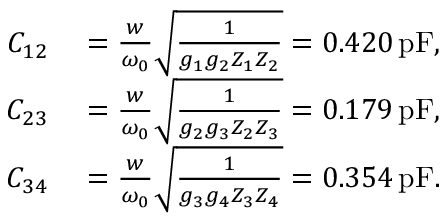
\begin{array} { r l } { C _ { 1 2 } } & { { } = \frac { w } { \omega _ { 0 } } \sqrt { \frac { 1 } { g _ { 1 } g _ { 2 } Z _ { 1 } Z _ { 2 } } } = 0 . 4 2 0 \, \mathrm { p F } , } \\ { C _ { 2 3 } } & { { } = \frac { w } { \omega _ { 0 } } \sqrt { \frac { 1 } { g _ { 2 } g _ { 3 } Z _ { 2 } Z _ { 3 } } } = 0 . 1 7 9 \, \mathrm { p F } , } \\ { C _ { 3 4 } } & { { } = \frac { w } { \omega _ { 0 } } \sqrt { \frac { 1 } { g _ { 3 } g _ { 4 } Z _ { 3 } Z _ { 4 } } } = 0 . 3 5 4 \, \mathrm { p F } . } \end{array}